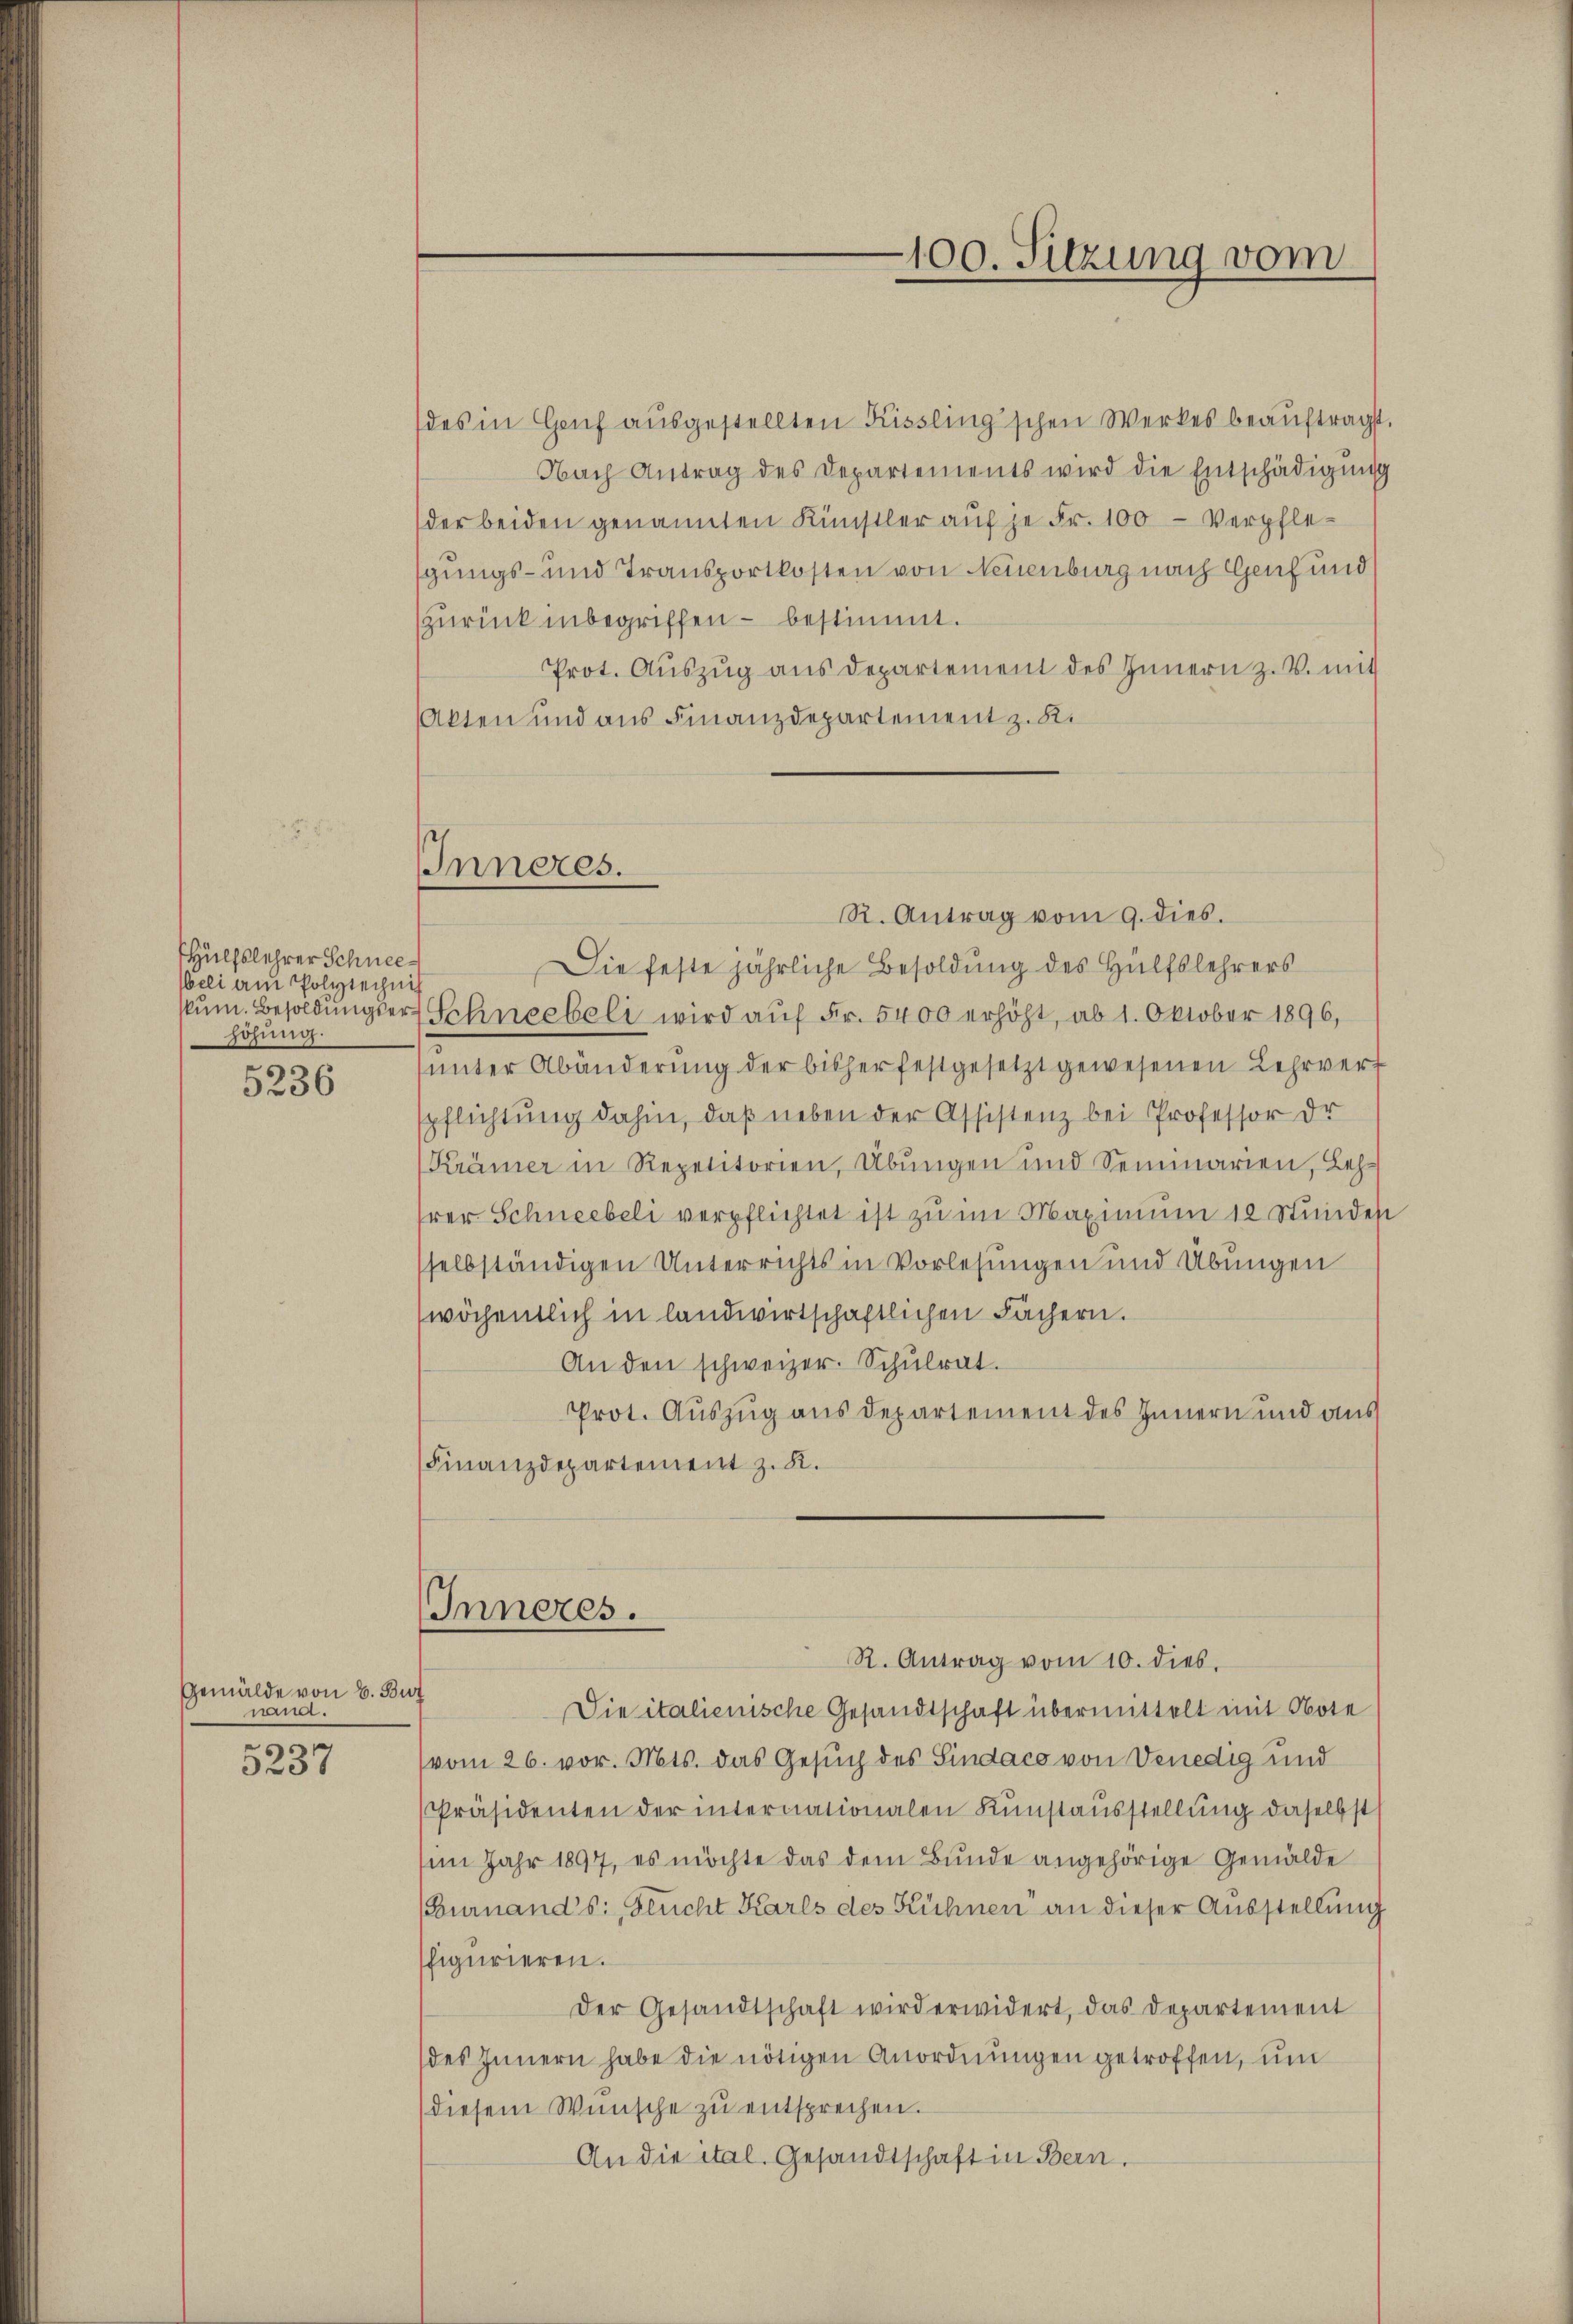
HHülfslehrer Schneeeli am Polytechnis
skum. Besoldungser
höhung.

5236

Gemälde von 6. Bi
sie.
s

3237

des in Gruf ausgestellten Kissling'schen Werkes beauftragst.
Nach Antrag des Departements wird die Entschädigŭng
der beiden genannten Künstler auf je Fr. 100 - Verpflegungs- und Transportkosten von Neuenburg nach Genf und
zurück inbegriffen – bestimmt.
Prot. Auszug aus Departement des Innern z. B. mit
Akten und aus Finanzdepartement z. R.

Inneres.

100. Sitzung vom

R. Antrag vom 9. dies.
Die feste jährliche Besoldung des Hülfslehrers
Schneebeli wird auf Fr. 5400 erhöht, ab 1. Oktober 1896,
ŭnter Abänderŭng der bisher festgesetzt gewesenen Lehrverf
spflichtung dahin, daß neben der Assistenz bei Professor dr
Krämer in Repetitorien, Übungen und Seminarien, Lehhrer Schneebeli verpflichtet ist zu im Maximum 12 Stundel
sselbständigen Unterrichts in Vorlesungen und Übungen
wöchentlich in landwirtschaftlichen Fächern.
An den schweizer. Schŭlrat.
Prot. Auszug aus Departement des Innern und aus
(Finanzdepartement z. R.
Inneres.
R. Antrag vom 10. dies
f
Die italienische Gesandtschaft übermittelt mit Note
vom 26. vor. Mts. das Gesuch des Sindaco von Venedig und
Präsidenten der internationalen Kunstausstellung daselbst
(im Jahr 1897, es möchte das dem Bunde angehörige Gemälde
(Eurnand's: Feucht Karls des Kühnen an dieser Ausstellung
figurieren.
Der Gesandtschaft wird erwidert, das Departement
des Innern habe die nötigen Anordnŭngen getroffen, um
(diesem Wünsche zŭ entsprechen.
An die ital. Gesandtschaft in Bern.